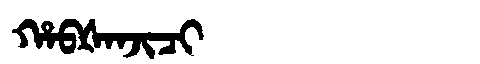
Manchu: ᡥᠠᠪᡧᠠᠨᠵᡳᠴᡳ
Romanization: HABŠANJICI